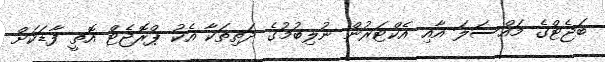
ބަޖެޓްގެ މައްސަލަ އާއި އެކްޓަރުން ނުލިބުމުގެ ދަތިތަކާ އެކު ޕްރޮޖެޓް އޮތީ ފާޑަކަށް